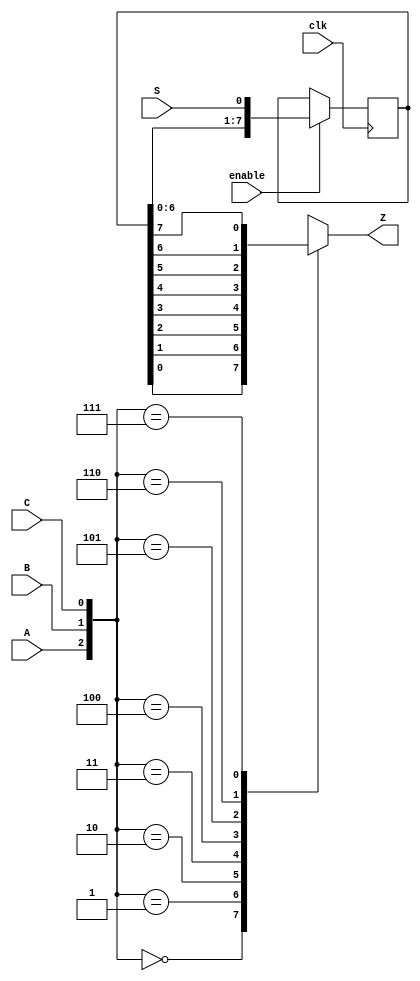
module top_module(
  input clk,
  input enable,
  input S,
  input A, B, C,
  output reg Z 
);
  // Write your code here
    reg [7:0]q;
    always@(posedge clk)begin
        if(enable) q <= {q[6:0],S};
        else q <= q;
    end
    always@(A or B or C or q)begin
        case({A,B,C})
            3'b000: Z = q[0];
            3'b001: Z = q[1];
            3'b010: Z = q[2];
            3'b011: Z = q[3];
            3'b100: Z = q[4];
            3'b101: Z = q[5];
            3'b110: Z = q[6];
            3'b111: Z = q[7];
            default: Z = 0;
        endcase
    end
endmodule